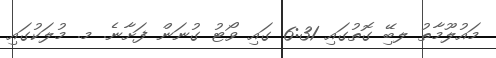
މައުލޫމާތު ލބިޭ ގޮތުގައި 6:31 ގައި ވޯޓު ގުނަން ފަށާނެ. މ. މުލަކުގައި